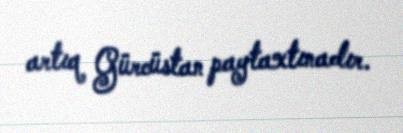
artıq Gürcüstan paytaxtınadır.